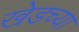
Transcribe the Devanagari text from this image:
खेडच्या